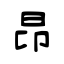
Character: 昻